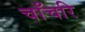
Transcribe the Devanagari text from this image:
चाँचरि